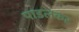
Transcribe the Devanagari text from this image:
पाडलकर